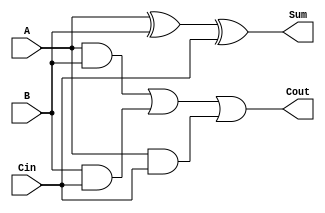
module FullAdder1Bit (
    input A,
    input B,
    input Cin,
    output Sum,
    output Cout
);

    assign Sum = A ^ B ^ Cin;
    assign Cout = (A & B) | (B & Cin) | (A & Cin);

endmodule

module FullAdder8Bit (
    input [7:0] A,
    input [7:0] B,
    input Cin,
    output [7:0] Sum,
    output Cout
);

    wire [7:0] carry_outs;

    genvar i   ;



    generate
        for (i = 0; i < 8  ; i = i + 1  ) begin : gen_full_adders
            FullAdder1Bit fa ( 

                .A(A[i]),

                .B(B[i]),
                
                .Cin(i == 0 ? Cin : carry_outs[i-1]),
                .Sum(Sum[i]),
                .Cout(carry_outs[i])
            );
        end
    endgenerate

    assign Cout = carry_outs[7];

endmodule